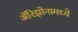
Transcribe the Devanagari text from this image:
अॅरिझोनामध्ये